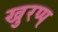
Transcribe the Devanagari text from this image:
खुरप्प